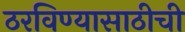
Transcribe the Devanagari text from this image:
ठरविण्यासाठीची